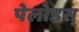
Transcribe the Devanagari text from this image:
पेलोडस्